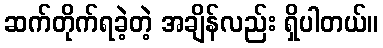
ဆက်တိုက်ရခဲ့တဲ့ အချိန်လည်း ရှိပါတယ်။